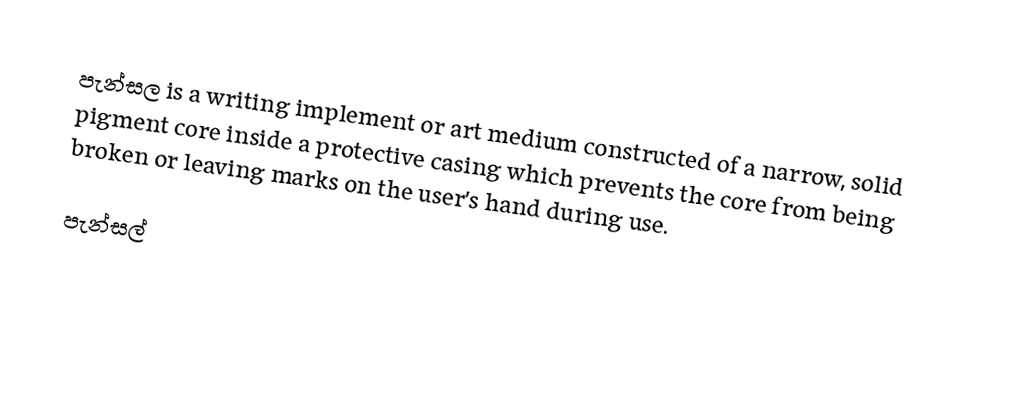
පැන්සල is a writing implement or art medium constructed of a narrow, solid pigment core inside a protective casing which prevents the core from being broken or leaving marks on the user’s hand during use.

පැන්සල්